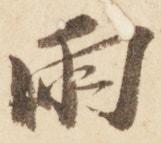
雨